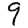
Digit: 9